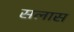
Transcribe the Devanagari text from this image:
सलास